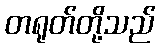
တရုတ်တို့သည်